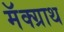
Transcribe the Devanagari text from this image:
मॅक्ग्राथ